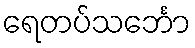
ရေတပ်သင်္ဘော